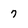
Character: 7